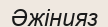
Әжінияз